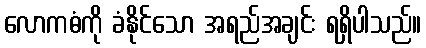
လောကဓံကို ခံနိုင်သော အရည်အချင်း ရရှိပါသည်။